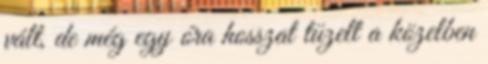
vált, de még egy óra hosszat tüzelt a közelben